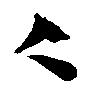
々